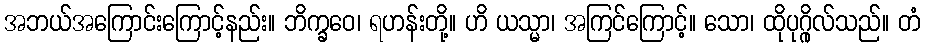
အဘယ်အကြောင်းကြောင့်နည်း။ ဘိက္ခဝေ၊ ရဟန်းတို့။ ဟိ ယသ္မာ၊ အကြင်ကြောင့်။ သော၊ ထိုပုဂ္ဂိုလ်သည်။ တံ